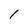
Character: 1